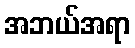
အဘယ်အရာ